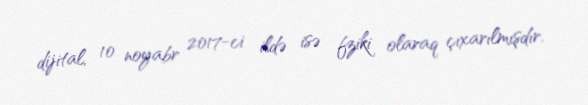
dijital, 10 noyabr 2017-ci ildə isə fziki olaraq çıxarılmışdır.